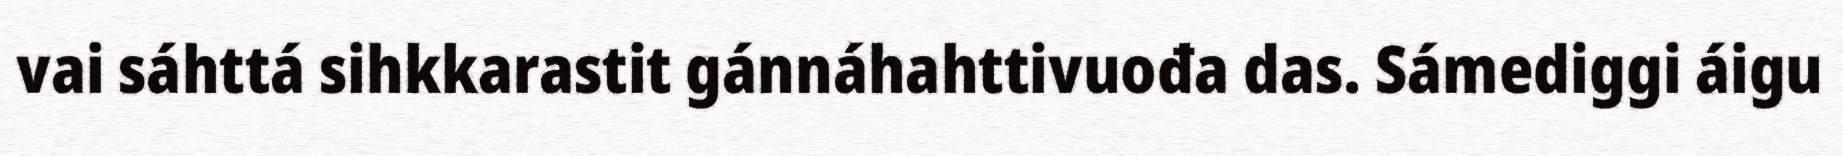
vai sáhttá sihkkarastit gánnáhahttivuođa das. Sámediggi áigu